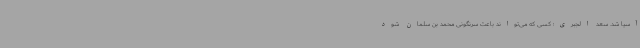
آسیا شد. سعد الجبری؛ کسی که می‌تواند باعث سرنگونی محمد بن سلمان شود